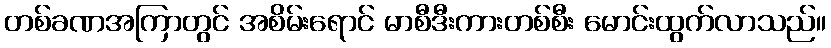
တစ်ခဏအကြာတွင် အစိမ်းရောင် မာစီဒီးကားတစ်စီး မောင်းထွက်လာသည်။